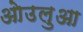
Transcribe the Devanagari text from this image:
ओउलुआ